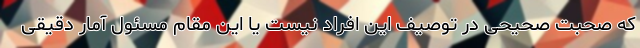
که صحبت صحیحی در توصیف این افراد نیست یا این مقام مسئول آمار دقیقی